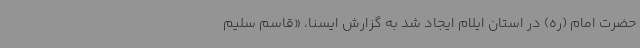
حضرت امام (ره) در استان ایلام ایجاد شد به گزارش ایسنا، «قاسم سلیم